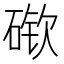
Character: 𰧎